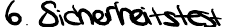
6. Sicherheitstest